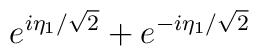
e^{i\eta_1 /\sqrt{2} } + e^{-i\eta_1 /\sqrt{2}}